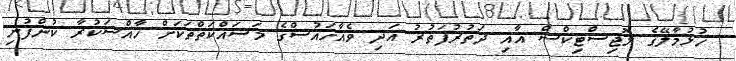
ހުޅުމާލޭގެ ލޮޖިސްޓިކްސް އާއި ދަތުރުފަތުރު އަދި ވެއާހައުސްގެ މަސައްކަތްތަކަށް ހާއްސަކުރާ ކުންފުނި